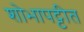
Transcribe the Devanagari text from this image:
शोभापट्टीत